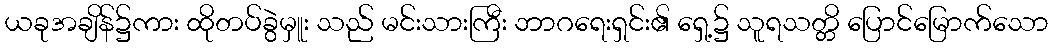
ယခုအချိန်၌ကား ထိုတပ်ခွဲမှူး သည် မင်းသားကြီး ဘာဂရေးရှင်း၏ ရှေ့၌ သူရသတ္တိ ပြောင်မြောက်သော